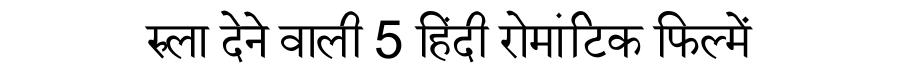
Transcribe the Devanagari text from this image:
रुला देने वाली 5 हिंदी रोमांटिक फिल्में